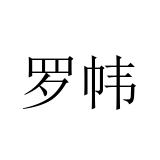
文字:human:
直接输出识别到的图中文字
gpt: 罗帏